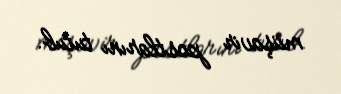
müşavir postlarını tutub.